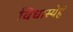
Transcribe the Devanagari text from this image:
विधास्येहं